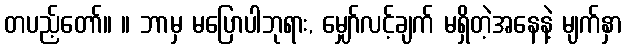
တပည့်တော်။ ။ ဘာမှ မပြောပါဘုရား, မျှော်လင့်ချက် မရှိတဲ့အနေနဲ့ မျက်နှာ